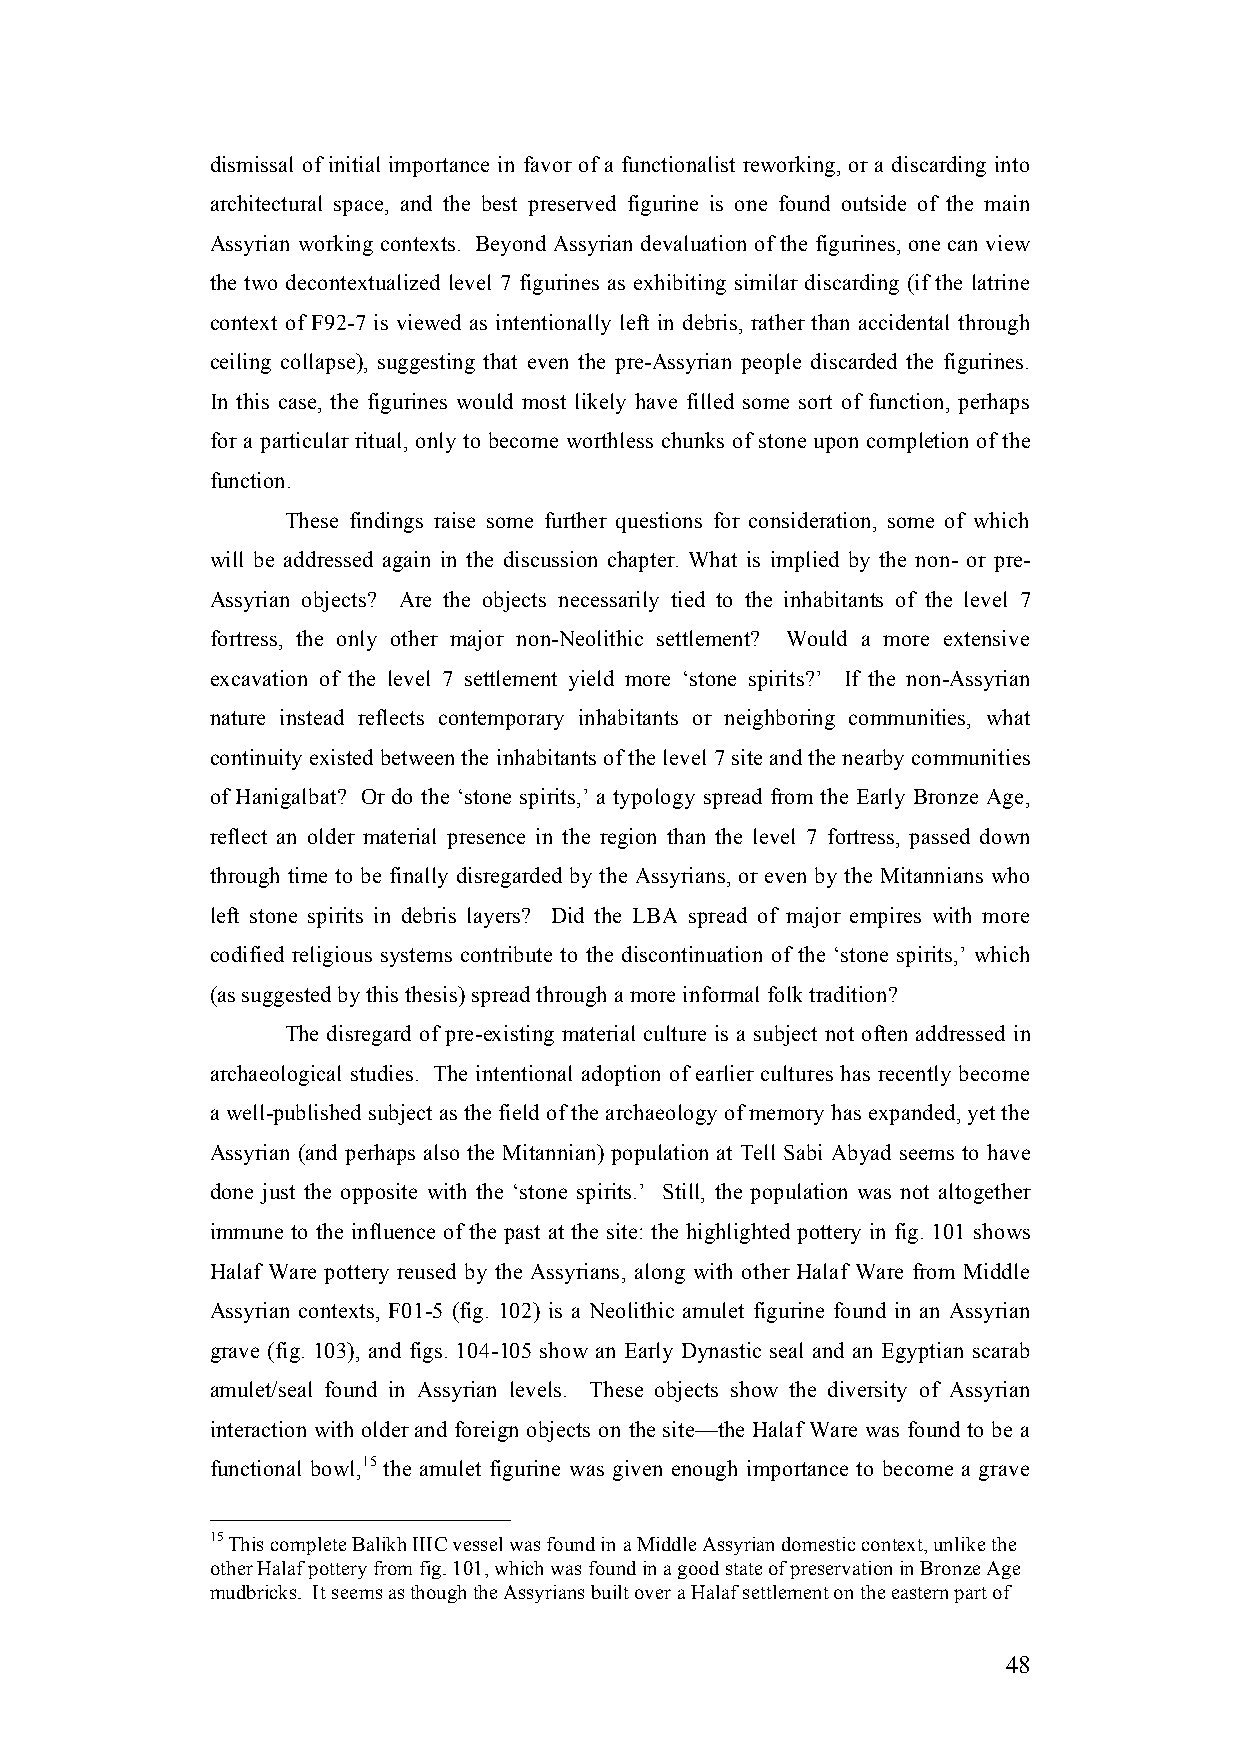
dismissal of initial importance in favor of a functionalist reworking, or a discarding into
 architectural space, and the best preserved figurine is one found outside of the main
 Assyrian working contexts. Beyond Assyrian devaluation of the figurines, one can view
 the two decontextualized level 7 figurines as exhibiting similar discarding (if the latrine
 context of F92-7 is viewed as intentionally left in debris, rather than accidental through
 ceiling collapse), suggesting that even the pre-Assyrian people discarded the figurines.
 In this case, the figurines would most likely have filled some sort of function, perhaps
 for a particular ritual, only to become worthless chunks of stone upon completion of the
 function.
 These findings raise some further questions for consideration, some of which
 will be addressed again in the discussion chapter. What is implied by the non- or pre-
 Assyrian objects? Are the objects necessarily tied to the inhabitants of the level 7
 fortress, the only other major non-Neolithic settlement? Would a more extensive
 excavation of the level 7 settlement yield more ‘stone spirits?’ If the non-Assyrian
 nature instead reflects contemporary inhabitants or neighboring communities, what
 continuity existed between the inhabitants of the level 7 site and the nearby communities
 of Hanigalbat? Or do the ‘stone spirits,’ a typology spread from the Early Bronze Age,
 reflect an older material presence in the region than the level 7 fortress, passed down
 through time to be finally disregarded by the Assyrians, or even by the Mitannians who
 left stone spirits in debris layers? Did the LBA spread of major empires with more
 codified religious systems contribute to the discontinuation of the ‘stone spirits,’ which
 (as suggested by this thesis) spread through a more informal folk tradition?
 The disregard of pre-existing material culture is a subject not often addressed in
 archaeological studies. The intentional adoption of earlier cultures has recently become
 a well-published subject as the field of the archaeology of memory has expanded, yet the
 Assyrian (and perhaps also the Mitannian) population at Tell Sabi Abyad seems to have
 done just the opposite with the ‘stone spirits.’ Still, the population was not altogether
 immune to the influence of the past at the site: the highlighted pottery in fig. 101 shows
 Halaf Ware pottery reused by the Assyrians, along with other Halaf Ware from Middle
 Assyrian contexts, F01-5 (fig. 102) is a Neolithic amulet figurine found in an Assyrian
 grave (fig. 103), and figs. 104-105 show an Early Dynastic seal and an Egyptian scarab
 amulet/seal found in Assyrian levels. These objects show the diversity of Assyrian
 interaction with older and foreign objects on the site—the Halaf Ware was found to be a
 functional bowl,15 the amulet figurine was given enough importance to become a grave
 15 This complete Balikh IIIC vessel was found in a Middle Assyrian domestic context, unlike the
 other Halaf pottery from fig. 101, which was found in a good state of preservation in Bronze Age
 mudbricks. It seems as though the Assyrians built over a Halaf settlement on the eastern part of
 48